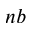
n b